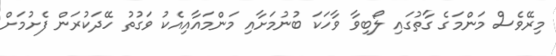
މިރޭވެސް މަންމަގެ ގާތުގައި ލޯބިވާ ވާހަކަ ބުނުމަަށާއި މަންމައާއިއެކު ވަގުތު ހޭދަކުރަން ފެށުމަށް